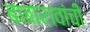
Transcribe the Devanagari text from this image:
बाबारावांची